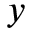
y